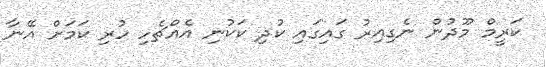
ކަރީމް މޫދުން ނެގިއިރު ގައިގައި ކުދި ކަކުނި އެއްޗެހި ހުރި ކަމަށް އޭނާ